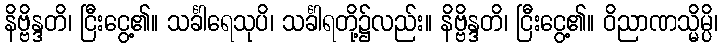
နိဗ္ဗိန္ဒတိ၊ ငြီးငွေ့၏။ သင်္ခါရေသုပိ၊ သင်္ခါရတို့၌လည်း။ နိဗ္ဗိန္ဒတိ၊ ငြီးငွေ့၏။ ဝိညာဏသ္မိမ္ပိ၊